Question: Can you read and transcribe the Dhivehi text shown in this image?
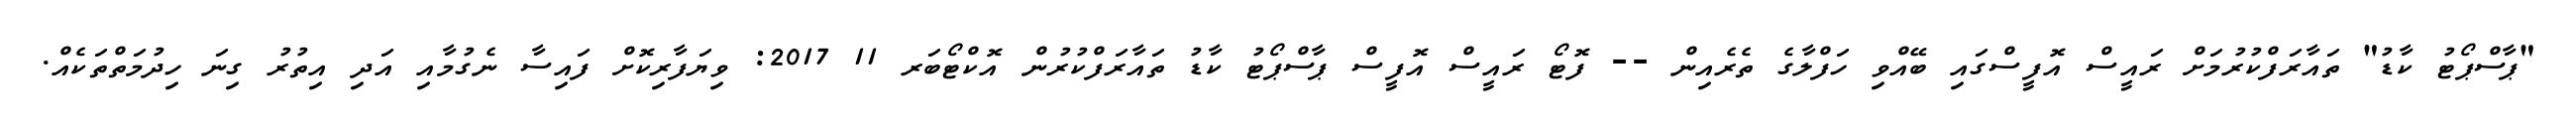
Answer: "ޕާސްޕޯޓު ކާޑު" ތައާރަފްކުރުމަށް ރައީސް އޮފީސްގައި ބޭއްވި ހަފްލާގެ ތެރެއިން -- ފޮޓޯ ރައީސް އޮފީސް ޕާސްޕޯޓު ކާޑު ތައާރަފްކުރުން އޮކްޓޯބަރ 11 2017: ވިޔަފާރިކޮށް ފައިސާ ނެގުމާއި އަދި އިތުރު ގިނަ ހިދުމަތްތަކެއް.